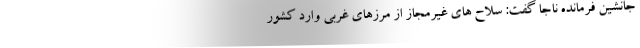
جانشین فرمانده ناجا گفت: سلاح های غیرمجاز از مرزهای غربی وارد کشور